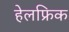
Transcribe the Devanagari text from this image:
हेलफ्रिक